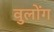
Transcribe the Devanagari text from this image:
वुलोंग